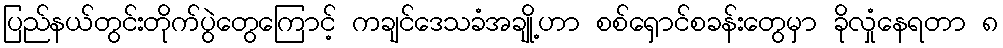
ပြည်နယ်တွင်းတိုက်ပွဲတွေကြောင့် ကချင်ဒေသခံအချို့ဟာ စစ်ရှောင်စခန်းတွေမှာ ခိုလှုံနေရတာ ၈